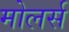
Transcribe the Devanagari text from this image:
मोलर्स